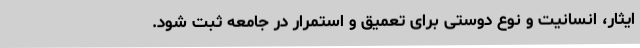
ایثار، انسانیت و نوع دوستی برای تعمیق و استمرار در جامعه ثبت شود.